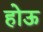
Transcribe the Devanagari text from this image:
होऊ